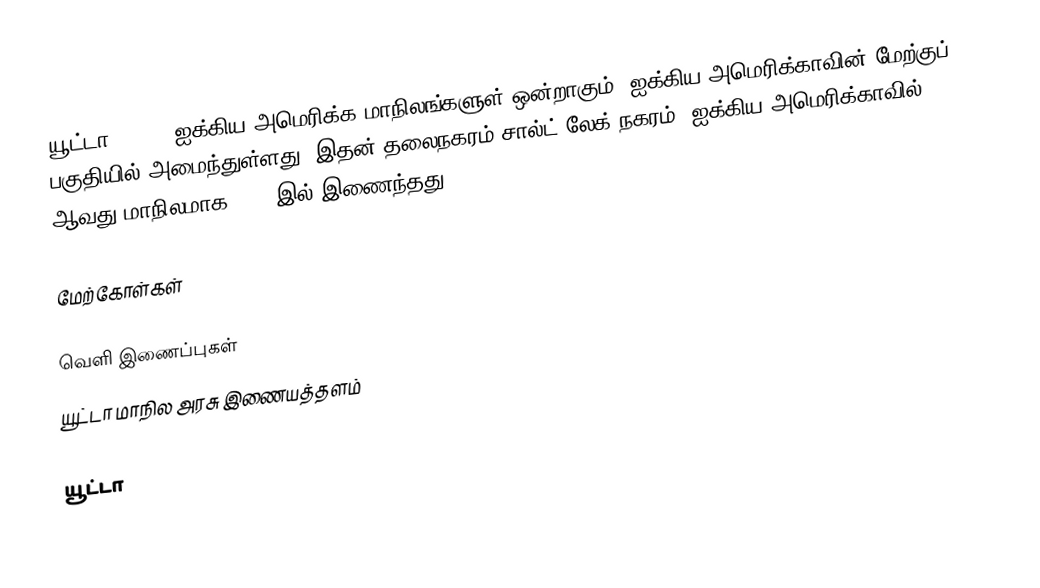
யூட்டா (Utah) ஐக்கிய அமெரிக்க மாநிலங்களுள் ஒன்றாகும். ஐக்கிய அமெரிக்காவின் மேற்குப் பகுதியில் அமைந்துள்ளது. இதன் தலைநகரம் சால்ட் லேக் நகரம். ஐக்கிய அமெரிக்காவில் 45 ஆவது மாநிலமாக 1896 இல் இணைந்தது,

மேற்கோள்கள்

வெளி இணைப்புகள்
 யூட்டா மாநில அரசு இணையத்தளம்

யூட்டா